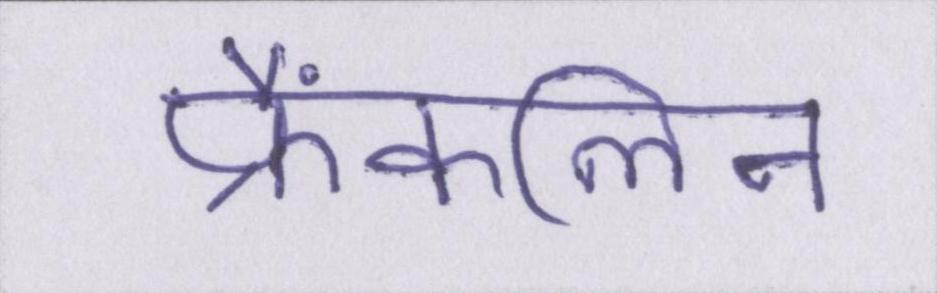
फ्रैंकलिन